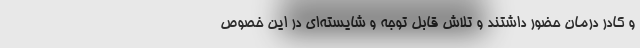
و کادر درمان حضور داشتند و تلاش قابل توجه و شایسته‌ای در این خصوص